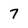
Character: 7